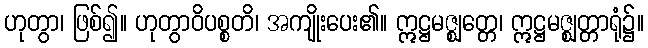
ဟုတွာ၊ ဖြစ်၍။ ဟုတွာဝိပစ္စတိ၊ အကျိုးပေး၏။ ဣဋ္ဌမဇ္ဈတ္တေ၊ ဣဋ္ဌမဇ္ဈတ္တာရုံ၌။